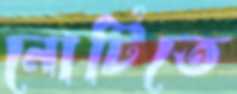
নোটিতে